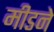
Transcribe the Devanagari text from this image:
मीडने